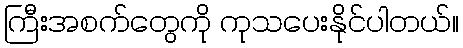
ကြီးအစက်တွေကို ကုသပေးနိုင်ပါတယ်။